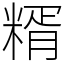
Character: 糈